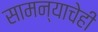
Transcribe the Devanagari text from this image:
सामन्याचेही